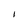
Character: 1